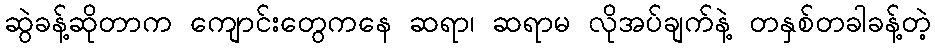
ဆွဲခန့်ဆိုတာက ကျောင်းတွေကနေ ဆရာ၊ ဆရာမ လိုအပ်ချက်နဲ့ တနှစ်တခါခန့်တဲ့